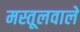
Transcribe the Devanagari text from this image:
मस्तूलवाले